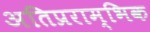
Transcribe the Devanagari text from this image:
अतिप्रराम्भिक